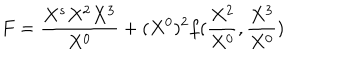
F = { \frac { X ^ { s } X ^ { 2 } X ^ { 3 } } { X ^ { 0 } } } + ( X ^ { 0 } ) ^ { 2 } f ( { \frac { X ^ { 2 } } { X ^ { 0 } } } , { \frac { X ^ { 3 } } { X ^ { 0 } } } )